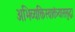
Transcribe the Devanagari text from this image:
अभिव्यक्तिस्वातंत्र्याससुद्धा